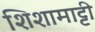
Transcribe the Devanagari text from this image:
शिशामाट्टी